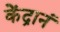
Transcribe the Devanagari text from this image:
केंद्रानं